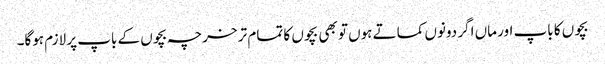
بچوں کا باپ اور ماں اگر دونوں کماتے ہوں تو بھی بچوں کا تمام تر خرچہ بچوں کے باپ پر لازم ہوگا۔